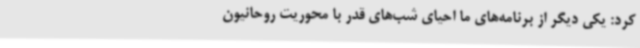
کرد: یکی دیگر از برنامه‌های ما احیای شب‌های قدر با محوریت روحانیون